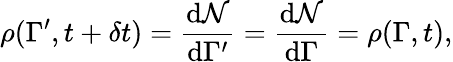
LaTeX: \rho(\Gamma^{\prime},t+\delta t)={\frac{\mathrm{d}{\mathcal{N}}}{\mathrm{d}\Gamma^{\prime}}}={\frac{\mathrm{d}{\mathcal{N}}}{\mathrm{d}\Gamma}}=\rho(\Gamma,t),